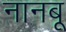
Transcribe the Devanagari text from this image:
नानबू